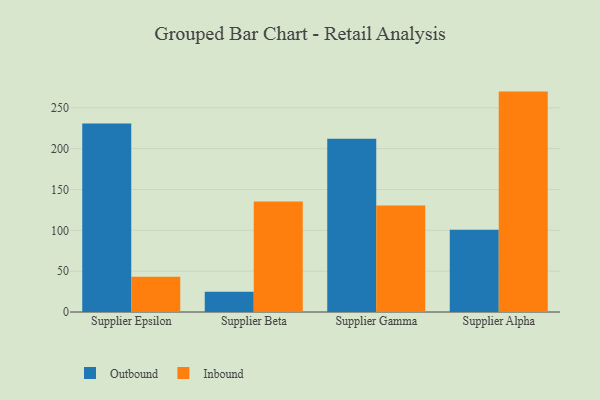
{"axis": {"x": "Supplier", "y": "Tickets Resolved"}, "legend": ["Inbound", "Outbound"], "data": [{"x": "Supplier Epsilon", "y": 230.8, "type": "Outbound"}, {"x": "Supplier Epsilon", "y": 43.2, "type": "Inbound"}, {"x": "Supplier Beta", "y": 24.8, "type": "Outbound"}, {"x": "Supplier Beta", "y": 135.4, "type": "Inbound"}, {"x": "Supplier Gamma", "y": 212.1, "type": "Outbound"}, {"x": "Supplier Gamma", "y": 130.5, "type": "Inbound"}, {"x": "Supplier Alpha", "y": 100.7, "type": "Outbound"}, {"x": "Supplier Alpha", "y": 269.8, "type": "Inbound"}]}